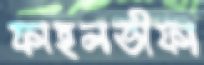
ফাহলভীফা